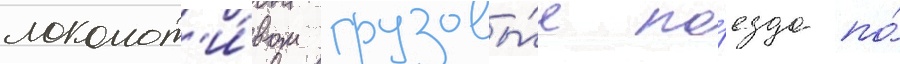
локомот'и́вом грузовы́е по́езда по́